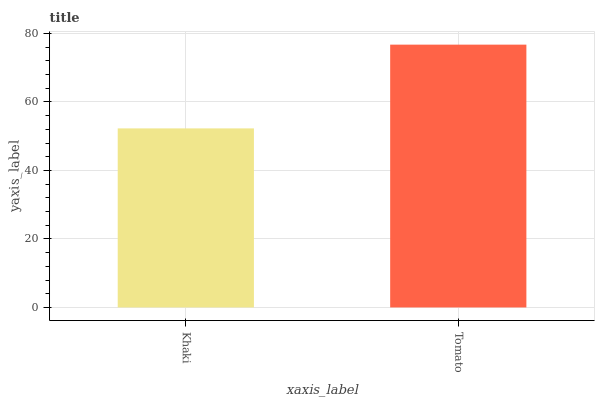
| xaxis_label | bars |
 | --- | --- |
 | Khaki | 52.3 |
 | Tomato | 76.7 |